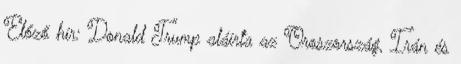
Előző hír: Donald Trump aláírta az Oroszország, Irán és